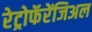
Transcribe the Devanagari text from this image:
रेट्रोफॅरेंजिअल